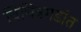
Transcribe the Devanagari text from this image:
विचित्रगडांत